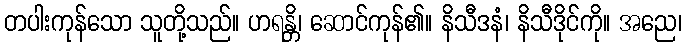
တပါးကုန်သော သူတို့သည်။ ဟရန္တိ၊ ဆောင်ကုန်၏။ နိသီဒနံ၊ နိသီဒိုင်ကို။ အညေ၊